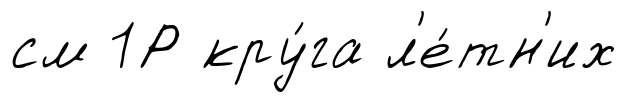
см 1Р кру́га л'е́тн'их